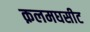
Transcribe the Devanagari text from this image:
क़लमघसीट